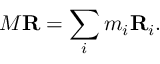
M \mathbf { R } = \sum _ { i } m _ { i } \mathbf { R } _ { i } .